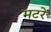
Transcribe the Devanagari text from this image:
मटरें